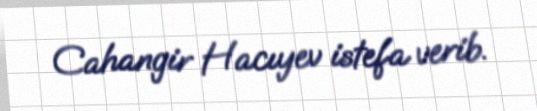
Cahangir Hacıyev istefa verib.